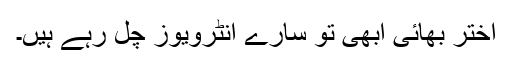
اختر بھائی ابھی تو سارے انٹرویوز چل رہے ہیں۔